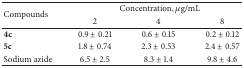
| <ROWSPAN=2> Compounds | <COLSPAN=3> Concentration, μg/mL |
 | 2 | 4 | 8 |
 | --- | --- | --- | --- |
 | 4c | 0.9 ± 0.21 | 0.6 ± 0.15 | 0.2 ± 0.12 |
 | 5c | 1.8 ± 0.74 | 2.3 ± 0.53 | 2.4 ± 0.57 |
 | Sodium azide | 6.5 ± 2.5 | 8.3 ± 1.4 | 9.8 ± 4.6 |